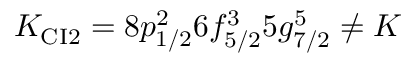
K _ { \mathrm { C I 2 } } = 8 p _ { 1 / 2 } ^ { 2 } 6 f _ { 5 / 2 } ^ { 3 } 5 g _ { 7 / 2 } ^ { 5 } \ne K